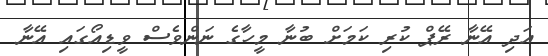
އަދި އޭނާ ރޭޕް ކުރި ކަމަށް ބުނާ މީހާގެ ނަންވެސް ވީޑިއޯގައި އޭނާ